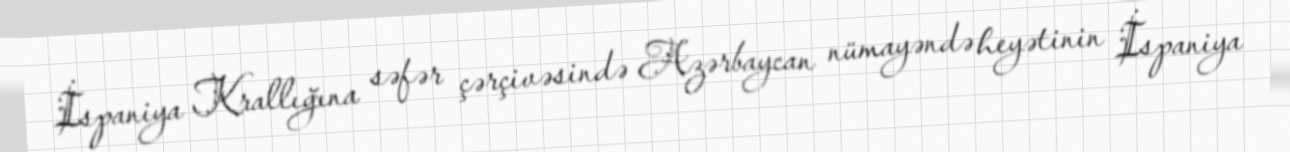
İspaniya Krallığına səfər çərçivəsində Azərbaycan nümayəndə heyətinin İspaniya